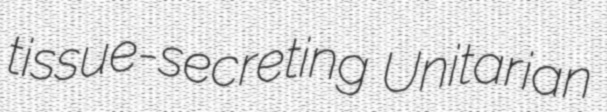
tissue-secreting Unitarian